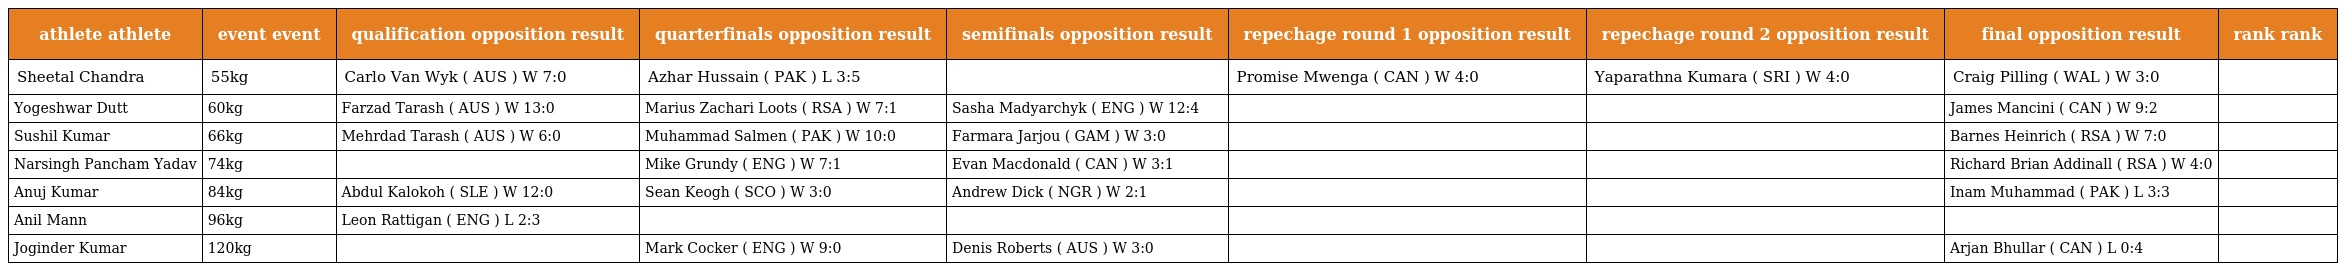
| athlete athlete | event event | qualification opposition result | quarterfinals opposition result | semifinals opposition result | repechage round 1 opposition result | repechage round 2 opposition result | final opposition result | rank rank |
 | --- | --- | --- | --- | --- | --- | --- | --- | --- |
 | Sheetal Chandra | 55kg | Carlo Van Wyk ( AUS ) W 7:0 | Azhar Hussain ( PAK ) L 3:5 |  | Promise Mwenga ( CAN ) W 4:0 | Yaparathna Kumara ( SRI ) W 4:0 | Craig Pilling ( WAL ) W 3:0 |  |
 | Yogeshwar Dutt | 60kg | Farzad Tarash ( AUS ) W 13:0 | Marius Zachari Loots ( RSA ) W 7:1 | Sasha Madyarchyk ( ENG ) W 12:4 |  |  | James Mancini ( CAN ) W 9:2 |  |
 | Sushil Kumar | 66kg | Mehrdad Tarash ( AUS ) W 6:0 | Muhammad Salmen ( PAK ) W 10:0 | Farmara Jarjou ( GAM ) W 3:0 |  |  | Barnes Heinrich ( RSA ) W 7:0 |  |
 | Narsingh Pancham Yadav | 74kg |  | Mike Grundy ( ENG ) W 7:1 | Evan Macdonald ( CAN ) W 3:1 |  |  | Richard Brian Addinall ( RSA ) W 4:0 |  |
 | Anuj Kumar | 84kg | Abdul Kalokoh ( SLE ) W 12:0 | Sean Keogh ( SCO ) W 3:0 | Andrew Dick ( NGR ) W 2:1 |  |  | Inam Muhammad ( PAK ) L 3:3 |  |
 | Anil Mann | 96kg | Leon Rattigan ( ENG ) L 2:3 |  |  |  |  |  |  |
 | Joginder Kumar | 120kg |  | Mark Cocker ( ENG ) W 9:0 | Denis Roberts ( AUS ) W 3:0 |  |  | Arjan Bhullar ( CAN ) L 0:4 |  |